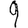
Digit: 9